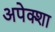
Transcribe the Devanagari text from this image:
अपेक्शा